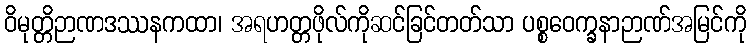
ဝိမုတ္တိဉာဏဒဿနကထာ၊ အရဟတ္တဖိုလ်ကိုဆင်ခြင်တတ်သာ ပစ္စဝေက္ခနာဉာဏ်အမြင်ကို